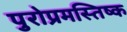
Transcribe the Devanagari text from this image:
पुरोप्रमस्तिष्क